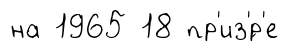
на 1965 18 пр'из'́р'е